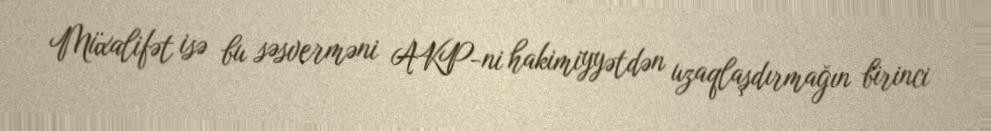
Müxalifət isə bu səsverməni AKP-ni hakimiyyətdən uzaqlaşdırmağın birinci